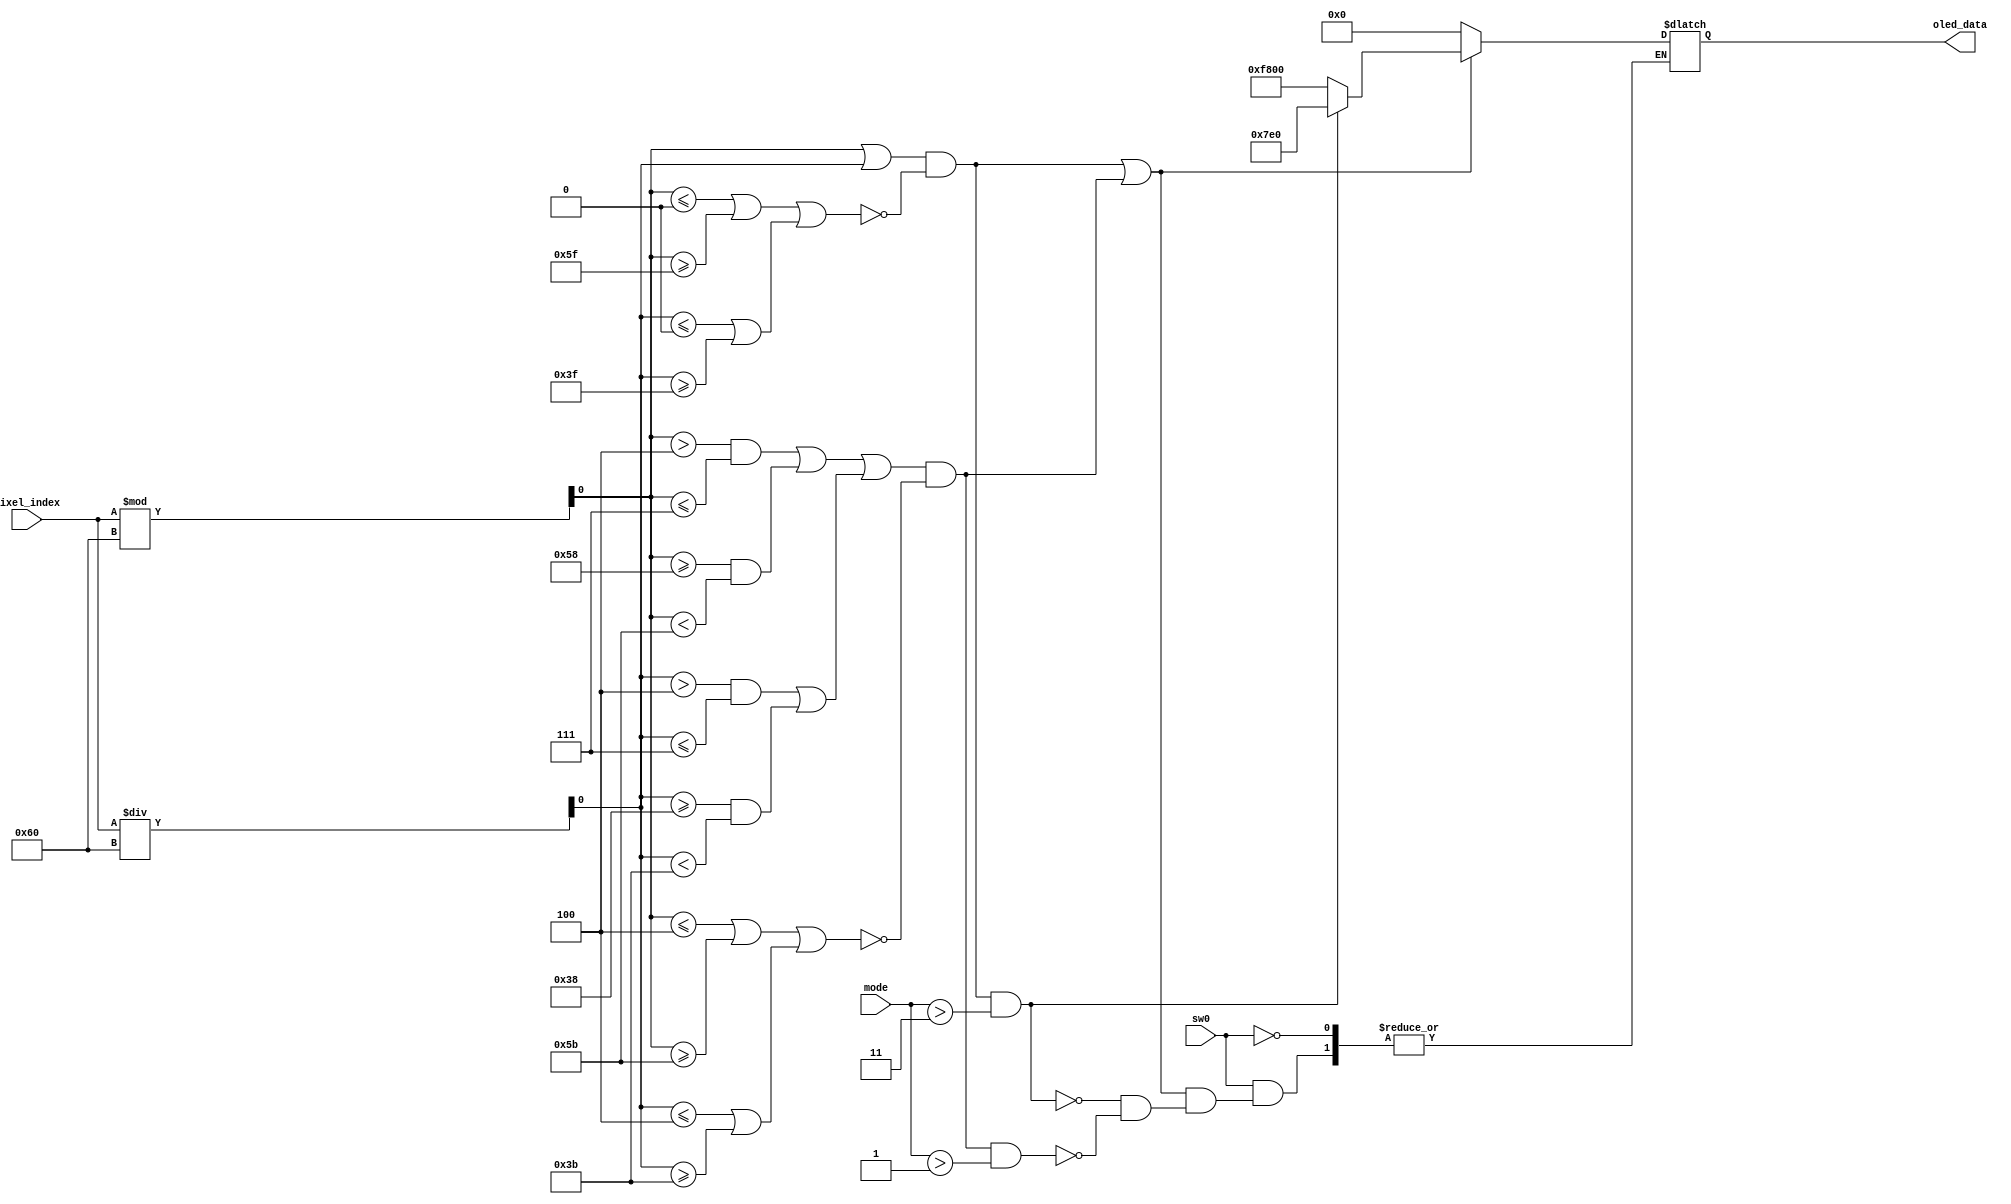
`timescale 1ns / 1ps
//////////////////////////////////////////////////////////////////////////////////
// Company: 
// Engineer: 
// 
// Design Name: 
// Module Name: OTA
// Project Name: 
// Target Devices: 
// Tool Versions: 
// Description: 
// 
// Dependencies: 
// 
// Revision:
// Revision 0.01 - File Created
// Additional Comments:
// 
//////////////////////////////////////////////////////////////////////////////////


module OTA(
    input sw0,
    input [1:0]mode,
    input [12:0] pixel_index,
    output reg [15:0] oled_data

    );    
    
    assign x = pixel_index%96;
    assign y = pixel_index/96;
    
    always @ (pixel_index)
               begin
               if (sw0)begin           
                   if ((((x> 4 && x <= 7)||(x>= 88 && x < 91))
                   ||
                   ((y>4 && y <= 7)||(y>= 56 && y < 59)))
                   && !((x<=4 || x>=91)||(y<=4 || y>=59))&&(mode>1))
                   begin
                       oled_data<=16'b11111_000000_00000;
                       end        
                   
                                       
                   if ((((x==3)||(x==92))
                   ||
                   ((y==3)||(y==60)))
                   && !((x<=2 ||x>=93)||(y<=2 || y>=61))&&(mode>2))
                   begin
                        oled_data<=16'b11111_111111_00000;
                        end
                   
                   
                        
                   if ((((x==1)||(x==94))
                   ||
                   ((y==1)||(y==62)))
                   && !((x<=0 || x>=95)||(y<=0 || y>=63))&&(mode>3))
                   begin
                        oled_data<=16'b00000_111111_00000;
                        end    
                        
                   if  (!(((((x==1)||(x==94))
                                ||
                                ((y==1)||(y==62)))
                                && !((x<=0 || x>=95)||(y<=0 || y>=63)))||((((x==3)||(x==92))
                                        ||
                                        ((y==3)||(y==60)))                             
                                        && !((x<=2 ||x>=93)||(y<=2 || y>=61)))||((((x> 4 && x <= 7)||(x>= 88 && x < 91))
                                                ||
                                                ((y>4 && y <= 7)||(y>= 56 && y < 59)))
                                                && !((x<=4 || x>=91)||(y<=4 || y>=59)))))    
                       oled_data<=16'b00000_000000_00000;  
                       end               
               end
endmodule